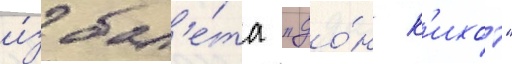
и́з бал'е́та "до́н к'ихот"